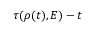
\tau ( \rho ( t ) , E ) - t